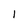
Character: I